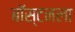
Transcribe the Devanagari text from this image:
बॉस्टनला